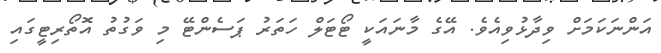
އަންނަކަމަށް ވިދާޅުވިއެވެ. އޭގެ މާނައަކީ ޓޯޓަލް ހަތަރު ޕަސެންޓޭ މި ވަގުތު އޮތޯރިޓީގައި